Annual report on the Civil Veterinary Department, Burma (including the Insein Veterinary School) - 1923-1931
Year: 1923
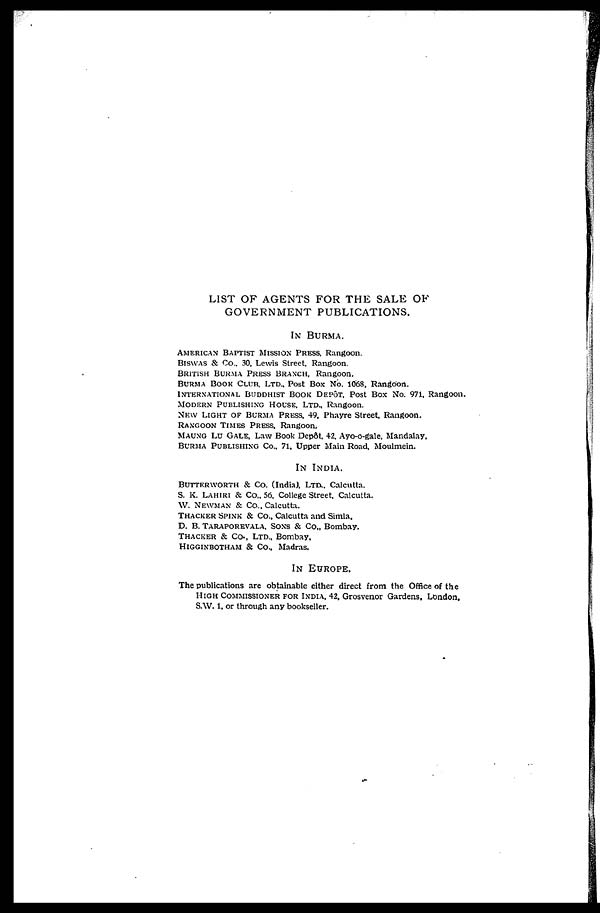
LIST OF AGENTS FOR THE SALE OF
GOVERNMENT PUBLICATIONS.
IN BURMA.
AMERICAN BAPTIST MISSION PRESS, Rangoon.
BISWAS & Co., 30, Lewis Street, Rangoon.
BRTISH BURMA PRESS BRANCH, Rangoon.
BURMA BOOK CLUB, LTD., Post Box No. 1068, Rangoon.
INTERNATIONAL BUDDHISHT BOOK DEPÔT, Post Box No. 971, Rangoon.
MODERN PUBLISHING HOUSE, LTD., Rangoon.
NEW LIGHT OF BURMA PRESS. 49, Phayre Street, Rangoon.
RANGOON TIMES PRESS, Rangoon,
MAUNG LU GALE, Law Book Depôt, 42. Ayo-o-gale, Mandalay,
BURMA PUBLISHING Co.. 71, Upper Main Road, Moulmein.
IN INDIA.
BUTTERWORTH & Co. (India), Ltd., Calcutta.
S. K. LAHIRI & Co., 56, College Street, Calcutta.
W. NEWMAN & Co., Calcutta.
THACKER SPINK & Co., Calcutta and Simla,
D. B. TARAPOREWALA, SONS & Co., Bombay.
THACKER & Co., LTD., Bombay,
HIGGINBOTHAM & Co., Madras,
IN EUROPE.
The publications are obtainable either direct from the Office of the
HIGH COMMISSIONER FOR INDIA, 42, Grosvenor Gardens, London,
S.W. 1, or through any bookseller.